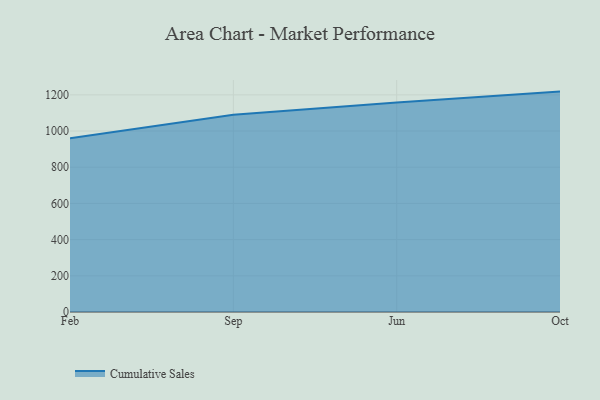
{"axis": {"x": "Month", "y": "Temperature (°C)"}, "legend": ["Cumulative Sales"], "data": [{"x": "Feb", "y": 960.2, "type": "Cumulative Sales"}, {"x": "Sep", "y": 1090.1, "type": "Cumulative Sales"}, {"x": "Jun", "y": 1158.3, "type": "Cumulative Sales"}, {"x": "Oct", "y": 1217.9, "type": "Cumulative Sales"}]}